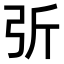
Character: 𢏂